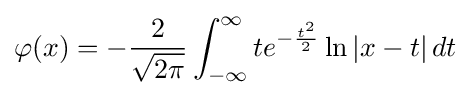
\varphi (x)=-{\frac {2}{\sqrt {2\pi }}}\int _{-\infty }^{\infty }te^{-{\frac {t^{2}}{2}}}\ln |x-t|\,dt